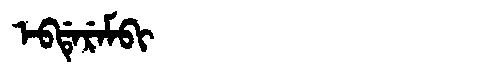
Manchu: ᡝᠪᡩᡝᡵᡝᠮᠪᡳ
Romanization: EBDEREMBI